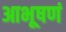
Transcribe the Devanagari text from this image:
आभूषणं